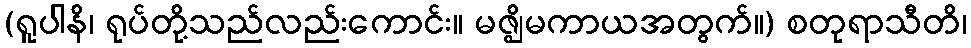
(ရူပါနိ၊ ရုပ်တို့သည်လည်းကောင်း။ မဇ္ဈိမကာယအတွက်။) စတုရာသီတိ၊